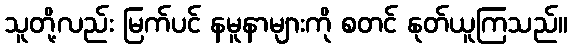
သူတို့လည်း မြက်ပင် နမူနာများကို စတင် နုတ်ယူကြသည်။